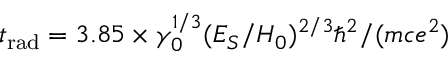
t _ { \mathrm { r a d } } = 3 . 8 5 \times \gamma _ { 0 } ^ { 1 / 3 } ( E _ { S } / H _ { 0 } ) ^ { 2 / 3 } \hbar ^ { 2 } / ( m c e ^ { 2 } )